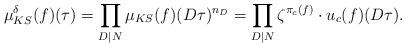
LaTeX: \begin{align*}\mu_{KS}^\delta(f)(\tau)= \prod_{D\mid N} \mu_{KS}(f)(D\tau)^{n_D}=\prod_{D\mid N} \zeta^{\pi_c(f)}\cdot u_c(f)(D\tau).\end{align*}